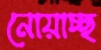
নোয়াচ্ছ